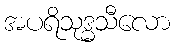
အပရိသုဒ္ဓသီလော